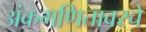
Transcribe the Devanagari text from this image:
अंकगणितावरचे